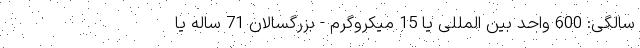
سالگی: 600 واحد بین المللی یا 15 میکروگرم - بزرگسالان 71 ساله یا